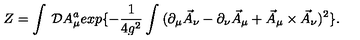
Z = \int \: { \cal D } A _ { \mu } ^ { a } e x p \{ - \frac { 1 } { 4 g ^ { 2 } } \int \: ( \partial _ { \mu } \vec { A } _ { \nu } - \partial _ { \nu } \vec { A } _ { \mu } + \vec { A } _ { \mu } \times \vec { A } _ { \nu } ) ^ { 2 } \} .